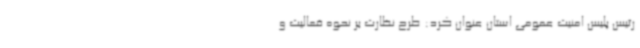
رئیس پلیس امنیت عمومی استان عنوان کرد: طرح نظارت بر نحوه فعالیت و